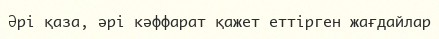
Әрі қаза, әрі кәффарат қажет еттірген жағдайлар